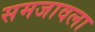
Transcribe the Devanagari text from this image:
समजावला